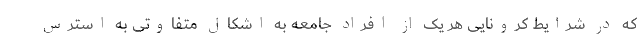
که در شرایط کرونایی هر یک از افراد جامعه به اشکال متفاوتی به استرس